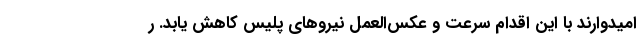
امیدوارند با این اقدام سرعت و عکس‌العمل نیروهای پلیس کاهش یابد. ر